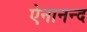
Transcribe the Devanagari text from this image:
ऐनानन्द